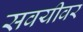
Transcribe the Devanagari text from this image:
सवयीवर